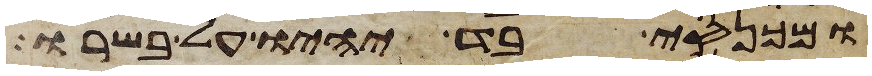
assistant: ומכנסי בד יהיו על בשרו